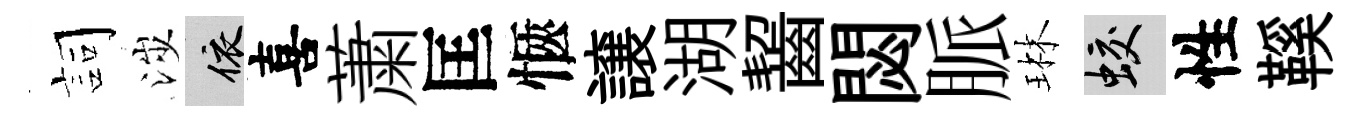
詞涉依喜䔥匡愜譲湖齧閟脈琳蛟性鞵